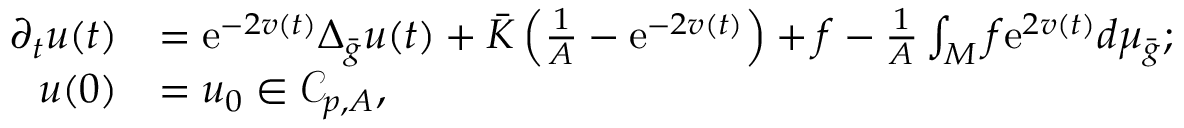
\begin{array} { r l } { \partial _ { t } u ( t ) } & { = \mathrm { e } ^ { - 2 v ( t ) } \Delta _ { \bar { g } } u ( t ) + \bar { K } \left( \frac 1 A - \mathrm { e } ^ { - 2 v ( t ) } \right) + f - \frac 1 A \int _ { M } f \mathrm { e } ^ { 2 v ( t ) } d \mu _ { \bar { g } } ; } \\ { u ( 0 ) } & { = u _ { 0 } \in \mathcal { C } _ { p , A } , } \end{array}